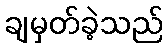
ချမှတ်ခဲ့သည်